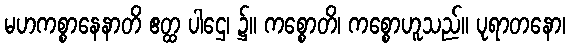
မဟကစ္စာနေနာတိ ဧတ္ထ ပါဌေ၊ ၌။ ကစ္စောတိ၊ ကစ္စောဟူသည်။ ပုရာတနော၊